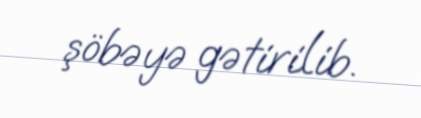
şöbəyə gətirilib.